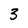
Character: 3